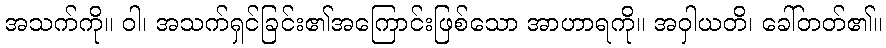
အသက်ကို။ ဝါ၊ အသက်ရှင်ခြင်း၏အကြောင်းဖြစ်သော အာဟာရကို။ အဝှါယတိ၊ ခေါ်တတ်၏။